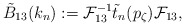
\begin{align*} \tilde B_{13} (k_n) := \mathcal{F}^{-1}_{13} \tilde t_n (p_\zeta)\mathcal{F}_{13} ,\end{align*}